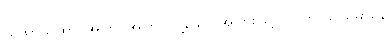
ယထာယထာ၊ အကြင်အကြင်သို့သော အပြားဖြင့်။ (ပကာသိယမာနေ၊